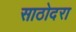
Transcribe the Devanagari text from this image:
साठोदरा